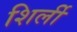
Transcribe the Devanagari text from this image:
शिर्ली